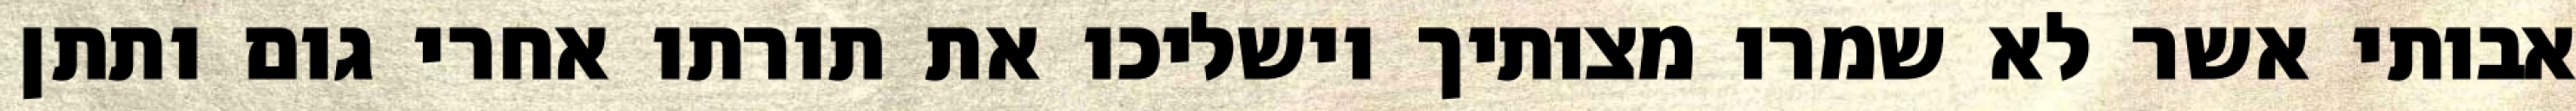
אבותי אשר לא שמרו מצותיך וישליכו את תורתו אחרי גום ותתן